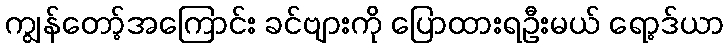
ကျွန်တော့်အကြောင်း ခင်ဗျားကို ပြောထားရဦးမယ် ရော့ဒ်ယာ